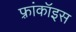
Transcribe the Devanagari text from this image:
फ़्रांकॉइस